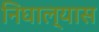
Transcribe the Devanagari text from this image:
निघाल्यास